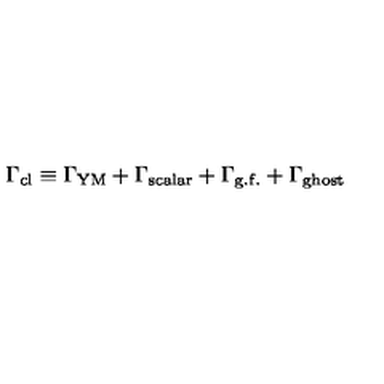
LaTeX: \Gamma _ { \mathrm { c l } } \equiv \Gamma _ { \mathrm { Y M } } + \Gamma _ { \mathrm { s c a l a r } } + \Gamma _ { \mathrm { g . f . } } + \Gamma _ { \mathrm { g h o s t } }